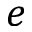
e